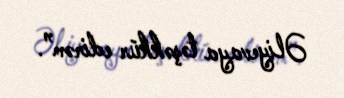
Əliyevaya təşəkkür edirəm”.